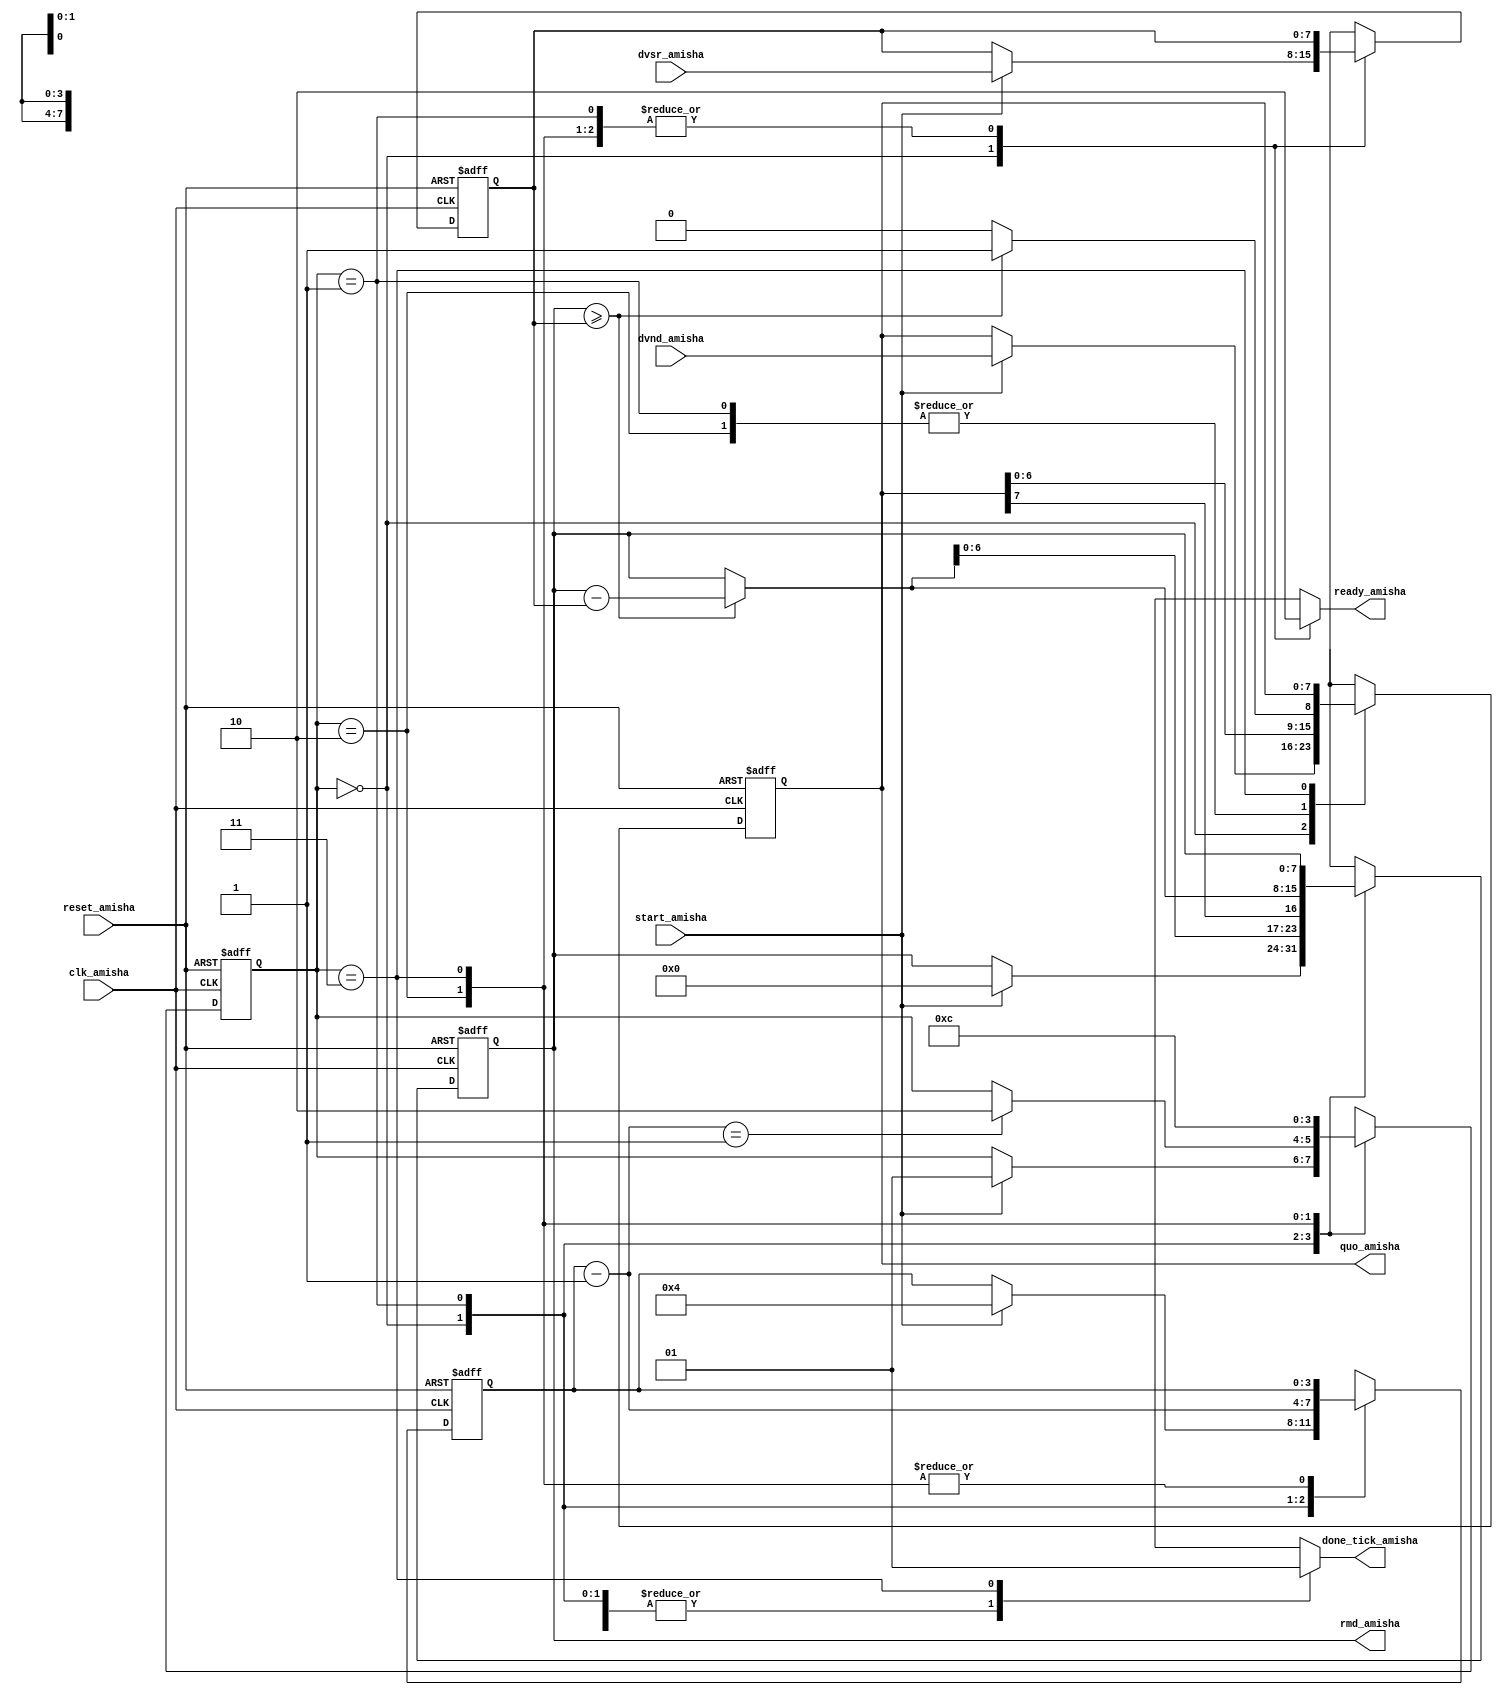
`timescale 1ns / 1ps
//////////////////////////////////////////////////////////////////////////////////
// Company: 
// Engineer: 
// 
// Design Name: 
// Module Name:    div_Amisha 
// Project Name: 
// Target Devices: 
// Tool versions: 
// Description: 
//
// Dependencies: 
//
// Revision: 
// Revision 0.01 - File Created
// Additional Comments: 
//
//////////////////////////////////////////////////////////////////////////////////
module div_Amisha
#( parameter W_amisha = 8,
CBIT_amisha = 4
)
(
    input clk_amisha,
    input reset_amisha,
    input start_amisha,
    input [W_amisha-1 : 0] dvsr_amisha,
    input [W_amisha-1 : 0] dvnd_amisha,
    output reg ready_amisha,
    output reg done_tick_amisha,
    output [W_amisha-1 : 0] quo_amisha,
    output [W_amisha-1 : 0] rmd_amisha
    );
	 
	 localparam [1:0]
	 idle_amisha = 2'b00,
	 op_amisha = 2'b01,
	 last_amisha = 2'b10,
	 done_amisha = 2'b11;
	 
	 reg [1:0] state_reg_amisha, state_next_amisha;
	 reg [W_amisha-1 : 0] rh_reg_amisha, rh_next_amisha; 
	 reg [W_amisha-1 : 0] rl_reg_amisha, rl_next_amisha, rh_tmp_amisha;
	 reg [W_amisha-1 : 0] d_reg_amisha, d_next_amisha;
	 reg [CBIT_amisha-1 : 0] n_reg_amisha, n_next_amisha;
	 reg q_bit_amisha;
	 
	 always @(posedge clk_amisha, posedge reset_amisha)
	 if (reset_amisha)
	 begin
	 state_reg_amisha <= idle_amisha;
	 rh_reg_amisha <= 0;
	 rl_reg_amisha <= 0;
	 d_reg_amisha <= 0;
	 n_reg_amisha <= 0;
	 end
	 else
	 begin
	 state_reg_amisha <= state_next_amisha;
	 rh_reg_amisha <= rh_next_amisha;
	 rl_reg_amisha <= rl_next_amisha;
	 d_reg_amisha <= d_next_amisha;
	 n_reg_amisha <= n_next_amisha;
	 end
	 
	 always @*
	 begin
	 state_next_amisha = state_reg_amisha;
	 ready_amisha = 1'b0;
	 done_tick_amisha = 1'b0;
	 rh_next_amisha = rh_reg_amisha;
	 rl_next_amisha = rl_reg_amisha;
	 d_next_amisha = d_reg_amisha;
	 n_next_amisha = n_reg_amisha;
	 case (state_reg_amisha)
	 idle_amisha :
	 begin
	 ready_amisha = 1'b1;
	 if (start_amisha)
	 begin
	 rh_next_amisha = 0;
	 rl_next_amisha = dvnd_amisha;
	 d_next_amisha = dvsr_amisha;
	 n_next_amisha = CBIT_amisha;
	 state_next_amisha = op_amisha;
	 end
	 end
	 
	 op_amisha :
	 begin
	 rl_next_amisha = {rl_reg_amisha [W_amisha-2 : 0], q_bit_amisha};
	 rh_next_amisha = {rh_tmp_amisha [W_amisha-2 : 0], rl_reg_amisha [W_amisha-1]};
	 n_next_amisha = n_reg_amisha - 1;
	 if (n_next_amisha == 1)
	 state_next_amisha = last_amisha;
	 end
	 
	 last_amisha :
	 begin
	 rl_next_amisha = {rl_reg_amisha [W_amisha-2 : 0], q_bit_amisha};
	 rh_next_amisha = rh_tmp_amisha;
	 state_next_amisha = done_amisha;
	 end
	 
	 done_amisha :
	 begin
	 done_tick_amisha = 1'b1;
	 state_next_amisha = idle_amisha;
	 end
	 default : state_next_amisha = idle_amisha;
	 endcase
	 end
	 
	 always @*
	 if (rh_reg_amisha >= d_reg_amisha)
	 begin
	 rh_tmp_amisha = rh_reg_amisha - d_reg_amisha;
	 q_bit_amisha = 1'b1;
	 end
	 else
	 begin
	 rh_tmp_amisha = rh_reg_amisha;
	 q_bit_amisha = 1'b0;
	 end
	 
	 assign quo_amisha = rl_reg_amisha;
	 assign rmd_amisha = rh_reg_amisha;
endmodule